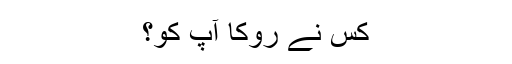
کس نے روکا آپ کو؟